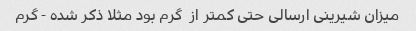
میزان شیرینی ارسالی حتی کمتر از  گرم بود مثلا ذکر شده - گرم